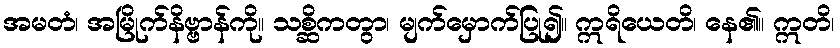
အမတံ၊ အမြိုက်နိဗ္ဗာန်ကို။ သစ္ဆိကတွာ၊ မျက်မှောက်ပြု၍။ ဣရိယေတိ၊ နေ၏။ ဣတိ၊